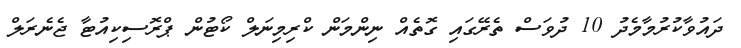
ދައުވާކުރުމާމެދު 10 ދުވަސް ތެރޭގައި ގޮތެއް ނިންމަން ކްރިމިނަލް ކޯޓުން ޕްރޮސިކިއުޓާ ޖެނެރަލް